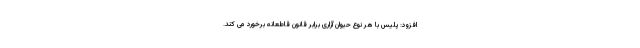
افزود: پلیس با هر نوع حیوان آزاری برابر قانون قاطعانه برخورد می کند.